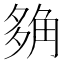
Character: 𧣡